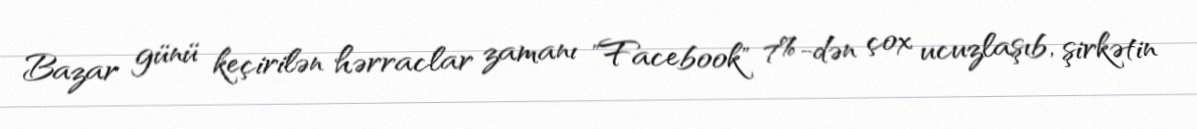
Bazar günü keçirilən hərraclar zamanı "Facebook" 7%-dən çox ucuzlaşıb, şirkətin